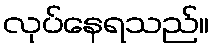
လုပ်နေရသည်။